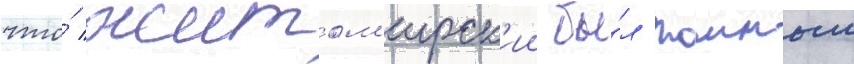
что́ житом'ирск'ии бы́л таиным